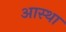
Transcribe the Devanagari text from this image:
अास्था